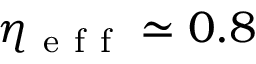
\eta _ { \mathrm { ~ e ~ f ~ f ~ } } \simeq 0 . 8